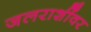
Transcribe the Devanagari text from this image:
जलराशींवर